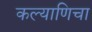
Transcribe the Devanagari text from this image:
कल्याणिचा